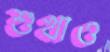
শুখাও